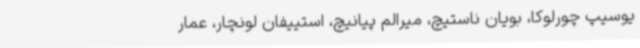
یوسیپ چورلوکا، بویان ناستیچ، میرالم پیانیچ، استییفان لونچار، عمار